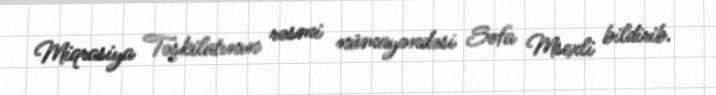
Miqrasiya Təşkilatının rəsmi nümayəndəsi Səfa Msexli bildirib.